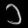
Digit: ၁